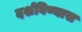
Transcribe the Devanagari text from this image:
दर्शविण्यास